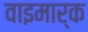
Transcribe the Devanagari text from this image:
वाइमार्क